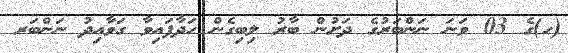
(ހ)ގެ 03 ވަނަ ނަންބަރުގެ ދަށުން ބާރު ލިބިގެން ހަދާފައިވާ ގަވާއިދު ނަންބަރ